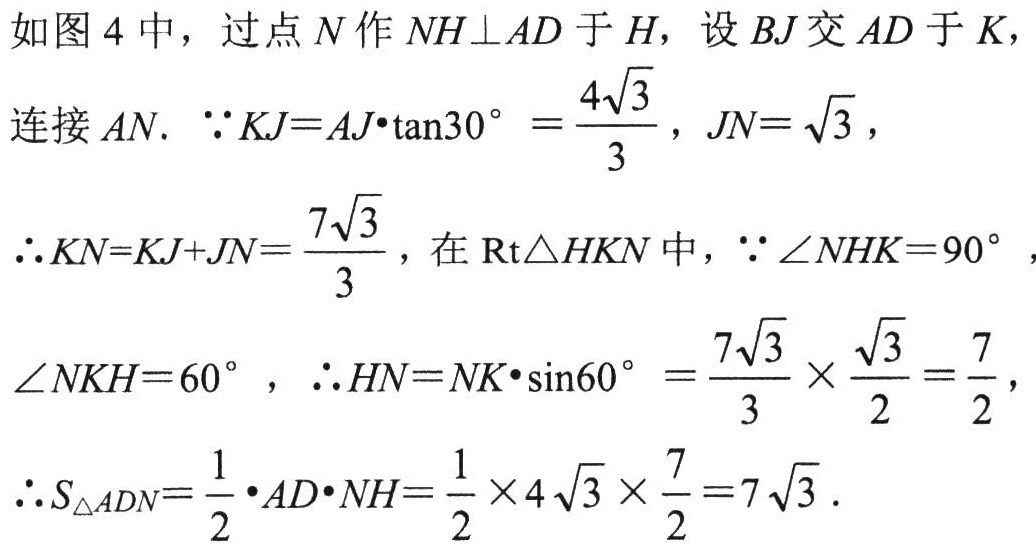
如图 4 中，过点 \(N\) 作 \(NH\perp AD\) 于 \(H\)，设 \(BJ\) 交 \(AD\) 于 \(K\)，

连接 \(AN\). \(\because KJ = AJ\cdot\tan30^{\circ}=\frac{4\sqrt{3}}{3}\)，\(JN = \sqrt{3}\)，

\(\therefore KN=KJ + JN=\frac{7\sqrt{3}}{3}\)，在 \(\text{Rt}\triangle HKN\) 中，\(\because\angle NHK = 90^{\circ}\)，

\(\angle NKH = 60^{\circ}\)，\(\therefore HN=NK\cdot\sin60^{\circ}=\frac{7\sqrt{3}}{3}\times\frac{\sqrt{3}}{2}=\frac{7}{2}\)，

\(\therefore S_{\triangle ADN}=\frac{1}{2}\cdot AD\cdot NH=\frac{1}{2}\times4\sqrt{3}\times\frac{7}{2}=7\sqrt{3}\).